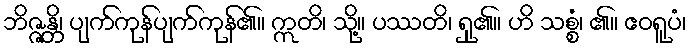
ဘိဇ္ဇန္တိ၊ ပျက်ကုန်ပျက်ကုန်၏။ ဣတိ၊ သို့။ ပဿတိ၊ ရှု၏။ ဟိ သစ္စံ၊ ၏။ ဧဝရူပံ၊